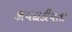
કાયદાકીયતા